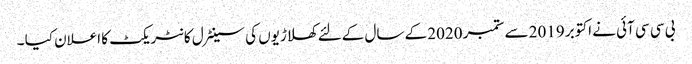
بی سی سی آئی نے اکتوبر 2019 سے ستمبر 2020 کے سال کےلئے کھلاڑیوں کی سینٹرل کانٹریکٹ کا اعلان کیا ۔